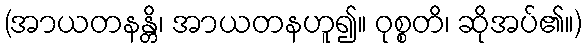
(အာယတနန္တိ၊ အာယတနဟူ၍။ ဝုစ္စတိ၊ ဆိုအပ်၏။)